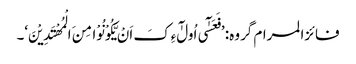
فائزالمرام گروہ: ’فَعَسٰٓی اُولٰٓءِکَ اَنْ یَّکُوْنُوْا مِنَ الْمُھْتَدِیْنَ‘۔